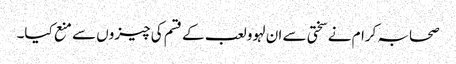
صحابہ کرام نے سختی سے ان لہوو لعب کے قسم کی چیزوں سے منع کیا۔